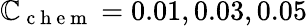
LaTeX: \mathbb{C}_{\mathrm{{~c~h~e~m~}}}=0.01,0.03,0.05